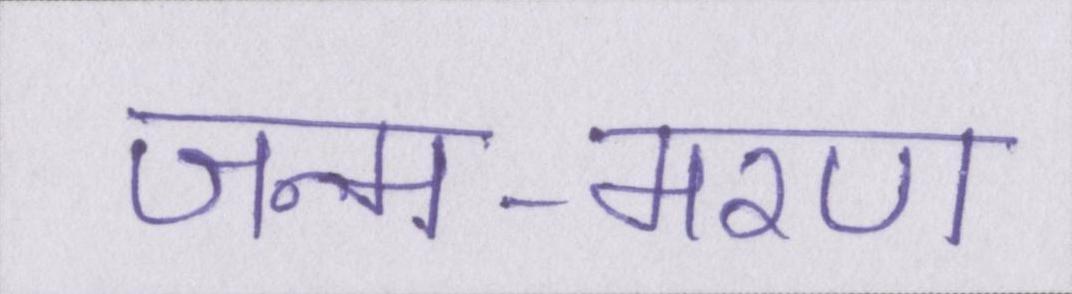
जन्म-मरण